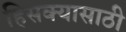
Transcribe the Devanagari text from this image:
हिसक्यासाठी